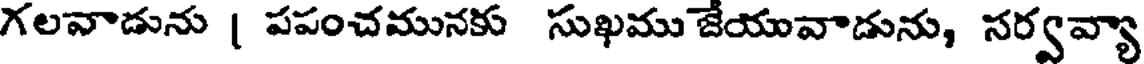
గలవాడును | పపంచమునకు సుఖము జేయువాడును, సర్వవ్యా